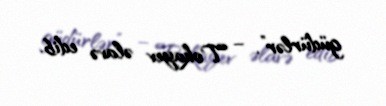
güdürlər”, – Tokayev əlavə edib.